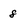
Character: 8